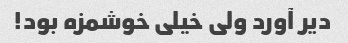
دیر آورد ولی خیلی خوشمزه بود!